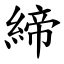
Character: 締